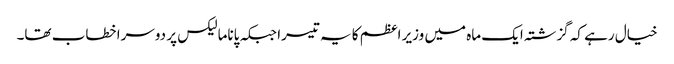
خیال رہے کہ گزشتہ ایک ماہ میں وزیر اعظم کا یہ تیسرا جبکہ پاناما لیکس پر دوسرا خطاب تھا۔